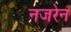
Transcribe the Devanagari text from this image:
नजरेनं